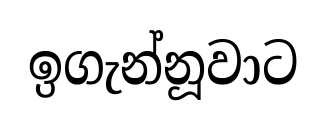
ඉගැන්නූවාට